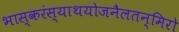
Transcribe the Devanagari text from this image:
भास्करंस्याथयोजनैलतन्मिरो